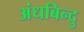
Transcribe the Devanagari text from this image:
अंधबिन्दु